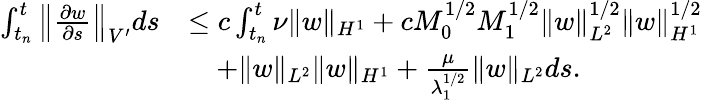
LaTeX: \begin{array}{rl}{\int_{t_{n}}^{t}\left\| \frac{\partial w}{\partial s}\right\| _{V^{\prime}}ds}&{\leq c\int_{t_{n}}^{t}\nu\| w\| _{H^{1}}+cM_{0}^{1/2}M_{1}^{1/2}\| w\| _{L^{2}}^{1/2}\| w\| _{H^{1}}^{1/2}}\\ &{\quad+\| w\| _{L^{2}}\| w\| _{H^{1}}+\frac{\mu}{\lambda_{1}^{1/2}}\| w\| _{L^{2}}ds.}\end{array}